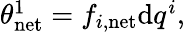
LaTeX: \begin{array}{r}{\theta_{\mathrm{net}}^{1}=f_{i,\mathrm{net}}\mathrm{d}q^{i},}\end{array}